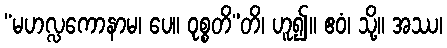
“မဟလ္လကောနာမ၊ ပေ။ ဝုစ္စတိ”တိ၊ ဟူ၍။ ဧဝံ၊ သို့။ အဿ၊